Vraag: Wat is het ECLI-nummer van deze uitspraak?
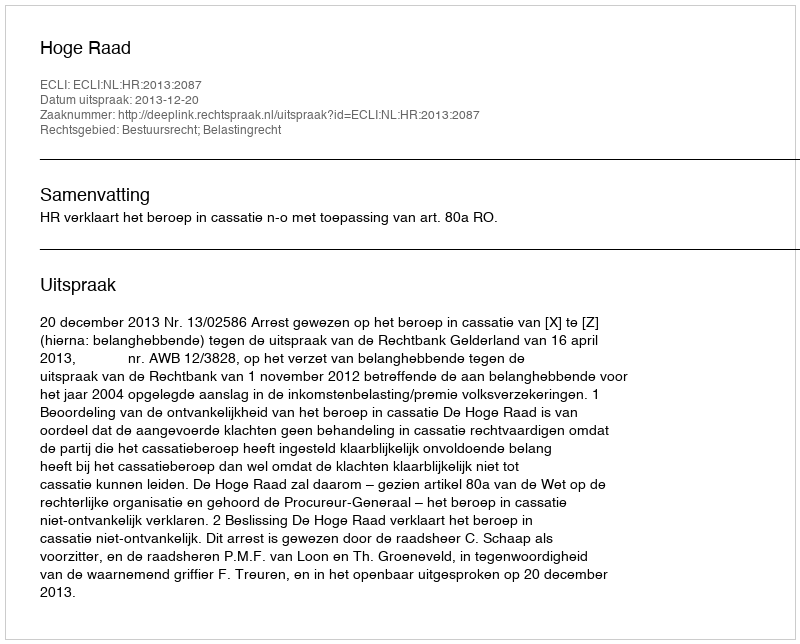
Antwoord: ECLI:NL:HR:2013:2087